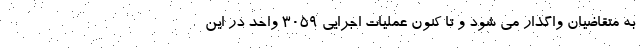
به متقاضیان واگذار می شود و تا کنون عملیات اجرایی ۳۰۵۹ واحد در این